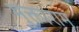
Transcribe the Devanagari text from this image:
मुक्ताराम